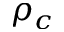
\rho _ { c }